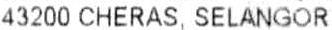
43200 CHERAS, SELANGOR